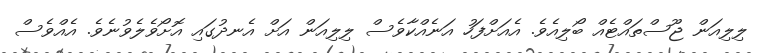
ލިލިއަން ޖޫސްތައްޓެއް ބޯލިއެވެ. އެއަށްފަހު އަނެއްކާވެސް ލިލިއަން އަށް އެނދުގައި އޮށޯވެލެވުނެވެ. އެއްވެސް